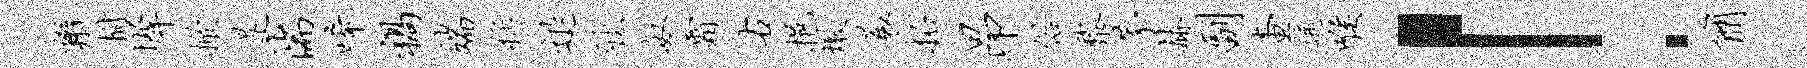
辫拊墀掀是湍唏祸端称退醺奴霜右挹墩蓑柘昂俗黎茅赫副查遥喉！简